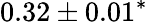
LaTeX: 0.32\pm 0.01^{\ast}